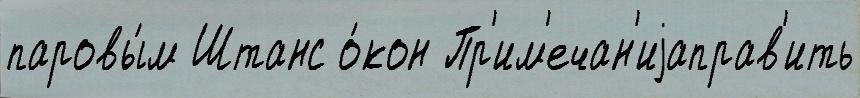
паровы́м Штанс о́кон Пр'им'ечан'иjаправ'ить